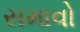
સમાવો